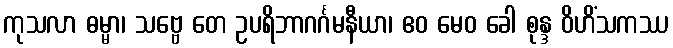
ကုသလာ ဓမ္မာ၊ သဗ္ဗေ တေ ဥပရိဘာဂင်္ဂမနီယာ၊ ဧဝ မေဝ ခေါ စုန္ဒ ဝိဟိံသကဿ